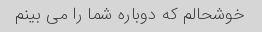
خوشحالم که دوباره شما را می بینم